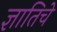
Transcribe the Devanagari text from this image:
ज्ञातिचे